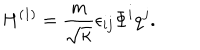
H ^ { ( 1 ) } = \frac { m } { \sqrt { \kappa } } \epsilon _ { i j } \Phi ^ { i } q ^ { j } .